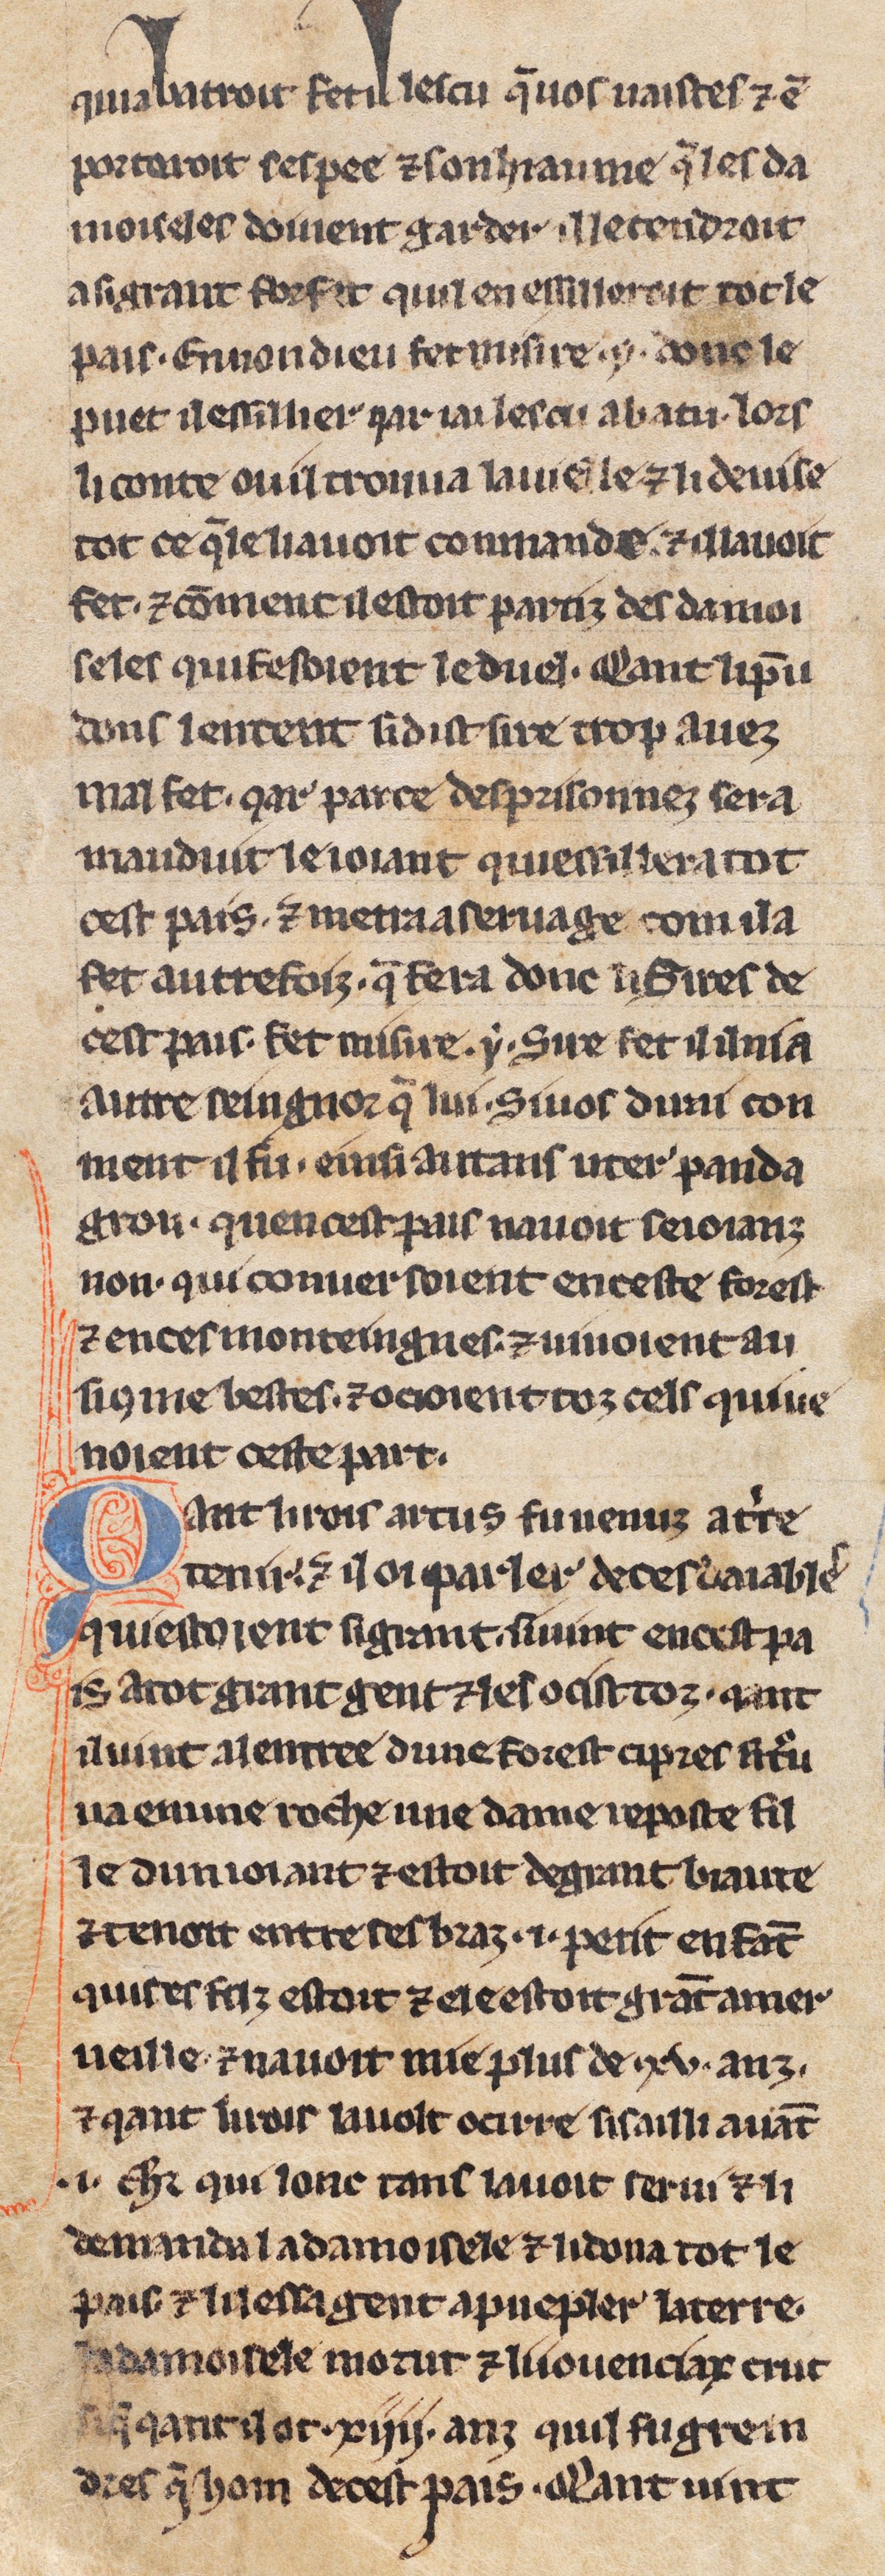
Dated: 1275–1299